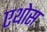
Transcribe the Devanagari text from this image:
एथोस